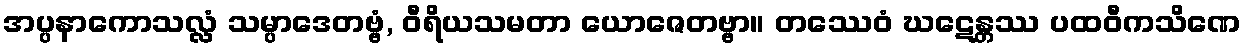
အပ္ပနာကောသလ္လံ သမ္ပာဒေတဗ္ဗံ, ဝီရိယသမတာ ယောဇေတဗ္ဗာ။ တဿေဝံ ဃဋေန္တဿ ပထဝီကသိဏေ